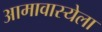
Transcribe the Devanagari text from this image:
आमावास्येला